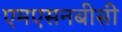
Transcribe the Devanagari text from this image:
एमएसनबीसी